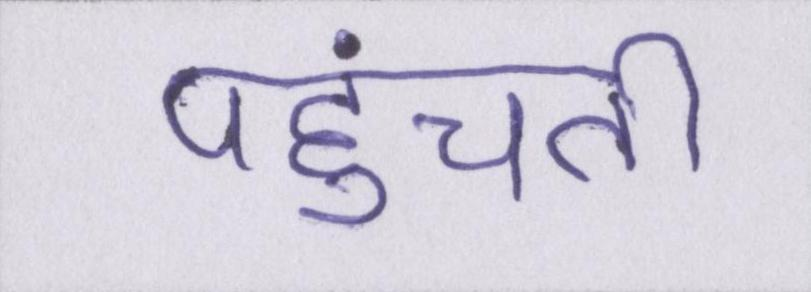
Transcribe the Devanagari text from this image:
पहुंचती